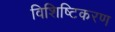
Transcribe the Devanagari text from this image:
विशिष्टिकरण